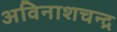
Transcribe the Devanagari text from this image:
अविनाशचन्द्र